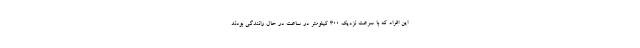
این افراد که با سرعت نزدیک ۳۰۰ کیلومتر در ساعت در حال رانندگی بودند